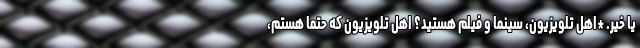
یا خیر. *اهل تلویزیون، سینما و فیلم هستید؟ اهل تلویزیون که حتماً هستم،